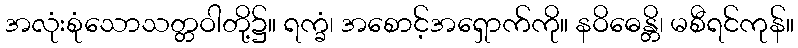
အလုံးစုံသောသတ္တဝါတို့၌။ ရက္ခံ၊ အစောင့်အရှောက်ကို။ နဝိဓေန္တိ၊ မစီရင်ကုန်။